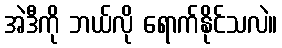
အဲဒီကို ဘယ်လို ရောက်နိုင်သလဲ။